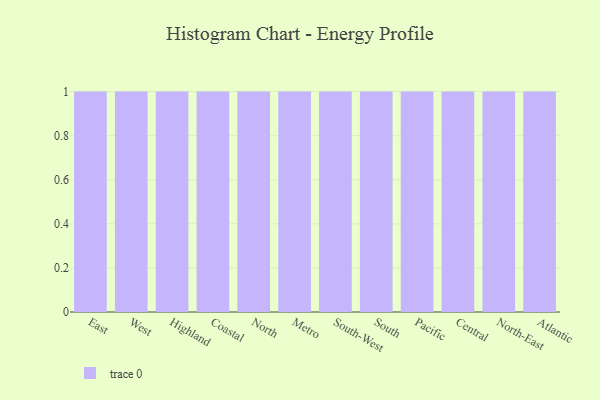
{"axis": {"x": "Region", "y": "Tickets Resolved"}, "legend": [""], "data": [{"x": "East", "y": 66, "type": ""}, {"x": "West", "y": 64, "type": ""}, {"x": "Highland", "y": 78, "type": ""}, {"x": "Coastal", "y": 61, "type": ""}, {"x": "North", "y": 52, "type": ""}, {"x": "Metro", "y": 93, "type": ""}, {"x": "South-West", "y": 56, "type": ""}, {"x": "South", "y": 34, "type": ""}, {"x": "Pacific", "y": 92, "type": ""}, {"x": "Central", "y": 91, "type": ""}, {"x": "North-East", "y": 81, "type": ""}, {"x": "Atlantic", "y": 50, "type": ""}]}